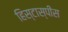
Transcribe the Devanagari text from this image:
हिस्टास्पीस